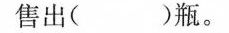
售出( )瓶。